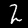
Label: 2